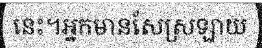
នេះ។អ្នកមានសែស្រឡាយ